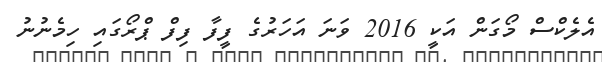
އެލެކްސް މޯގަން އަކީ 2016 ވަނަ އަހަރުގެ ފީފާ ފިފް ޕްރޯގައި ހިމެނުނު